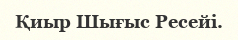
Қиыр Шығыс Ресейі.